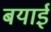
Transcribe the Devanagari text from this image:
बयाई